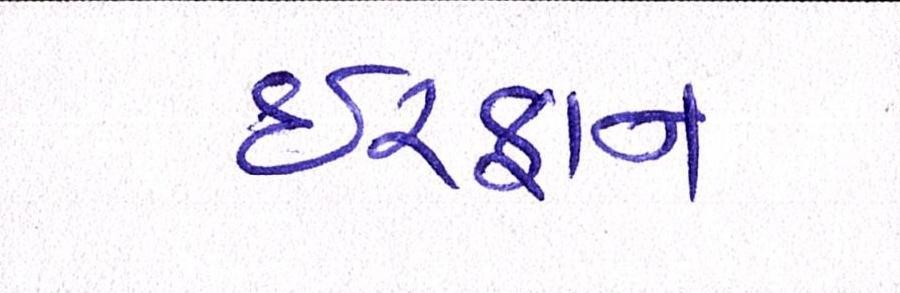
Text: ઈરફાન